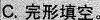
C.完形填空。